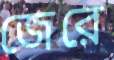
জেরে